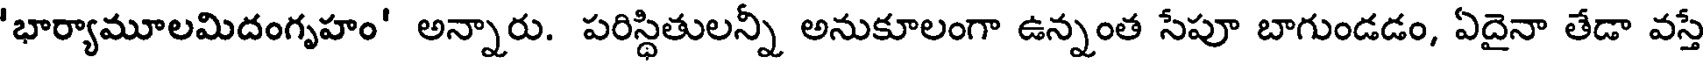
'భార్యామూలమిదంగృహం' అన్నారు. పరిస్థితులన్నీ అనుకూలంగా ఉన్నంత సేపూ బాగుండడం, ఏదైనా తేడా వస్తే